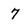
Character: 7